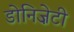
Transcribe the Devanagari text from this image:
डोनिज़ेटी